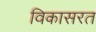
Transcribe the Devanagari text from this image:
विकासरत